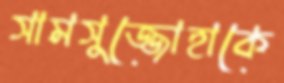
সামসুজ্জোহাকে